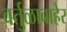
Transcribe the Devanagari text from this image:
वर्तुळाबाहेर